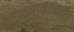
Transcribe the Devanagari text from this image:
आक्रमणकाळात